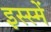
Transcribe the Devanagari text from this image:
इस्स्में